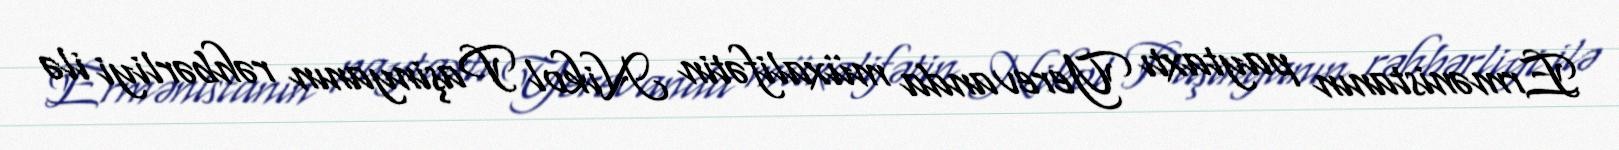
Ermənistanın paytaxtı Yerevanda müxalifətin Nikol Paşinyanın rəhbərliyi ilə